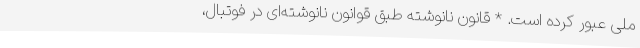
ملی عبور کرده است. * قانون نانوشته طبق قوانون نانوشته‌ای در فوتبال،